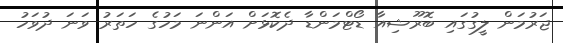
ޖަރުމަން ލީގުގައި ބޮރޫޝިއާ ޑޯޓްމަންޑާ ދެކޮޅަށް އަންނަ މަހުގެ ހަތަރު ވަނަ ދުވަހު